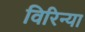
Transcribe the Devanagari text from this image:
विरिन्या